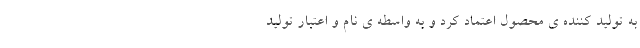
به تولید کننده ی محصول اعتماد کرد و به واسطه ی نام و اعتبار تولید